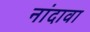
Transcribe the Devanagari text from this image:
नांदावा